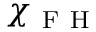
\chi _ { \mathrm { ~ F ~ H ~ } }